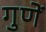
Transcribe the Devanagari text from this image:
गुणें